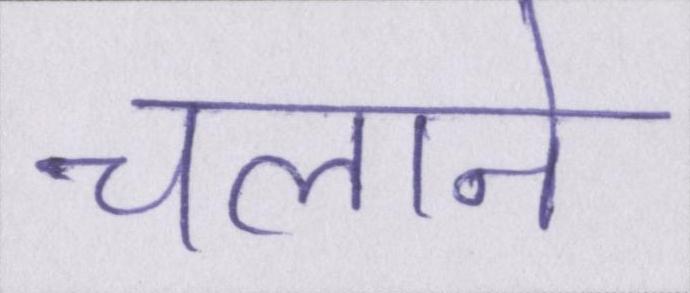
चलाने